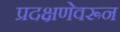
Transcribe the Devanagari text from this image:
प्रदक्षणेवरून